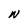
Character: N